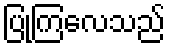
ပြုကြလေသည်